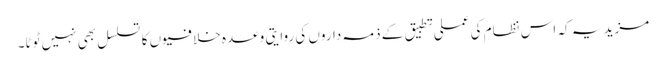
مزید یہ کہ اس نظام کی عملی تطبیق کے ذمہ داروں کی روایتی وعدہ خلافیوں کا تسلسل بھی نہیں ٹوٹا۔